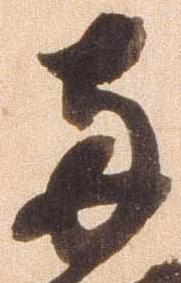
両